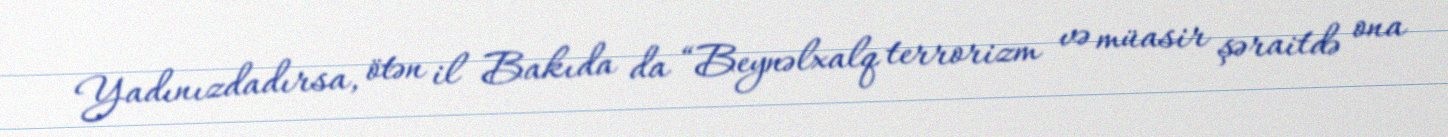
Yadınızdadırsa, ötən il Bakıda da “Beynəlxalq terrorizm və müasir şəraitdə ona